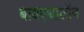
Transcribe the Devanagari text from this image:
बायएथालॉन